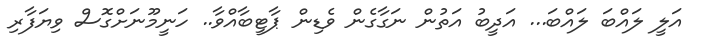
އަލީ ލައްބަ ލައްބަ... އަދީބު އަތުން ނަގާގެން ވެޑިން ޕާޓީބާއްވާ.. ހަނީމޫނަށްގޮސް ވިޔަފާރި